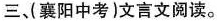
三，(襄阳中考)文言文阅读。